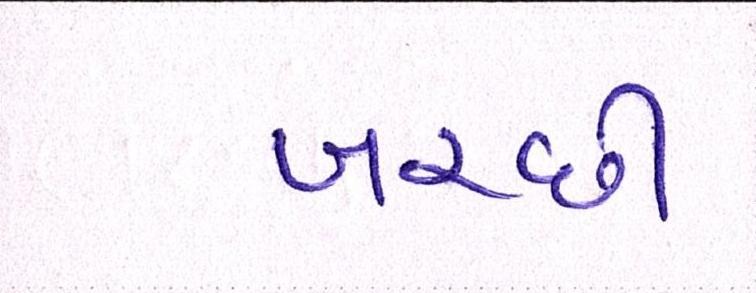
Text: બરછી